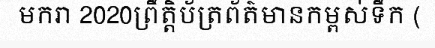
មករា 2020ព្រឹត្តិប័ត្រព័ត៌មានកម្ពស់ទឹក (